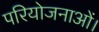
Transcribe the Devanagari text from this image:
परियोजनाओं।